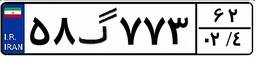
۵۸گ۷۷۳۶۲